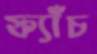
ফ্যাঁচ